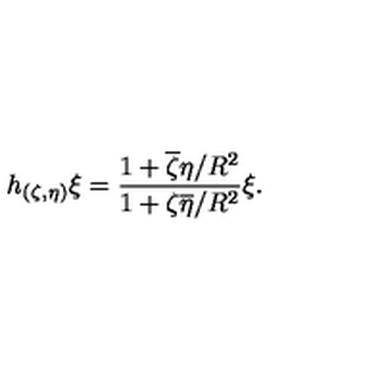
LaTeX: h _ { ( \zeta , \eta ) } \xi = \frac { 1 + \overline { \zeta } \eta / R ^ { 2 } } { 1 + \zeta \overline { \eta } / R ^ { 2 } } \xi .